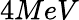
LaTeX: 4MeV